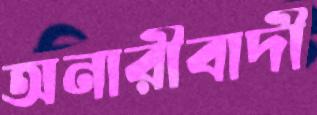
অনারীবাদী